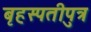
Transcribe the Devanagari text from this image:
बृहस्पतीपुत्र